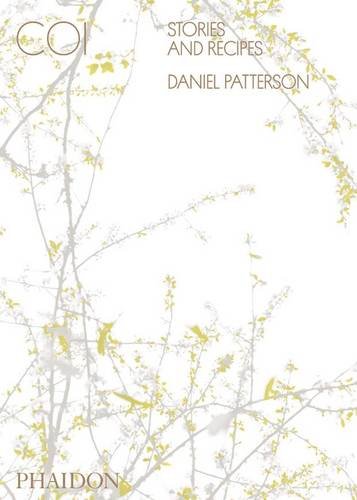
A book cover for Coi: Stories and Recipes; Daniel Patterson; Cookbooks, Food & Wine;